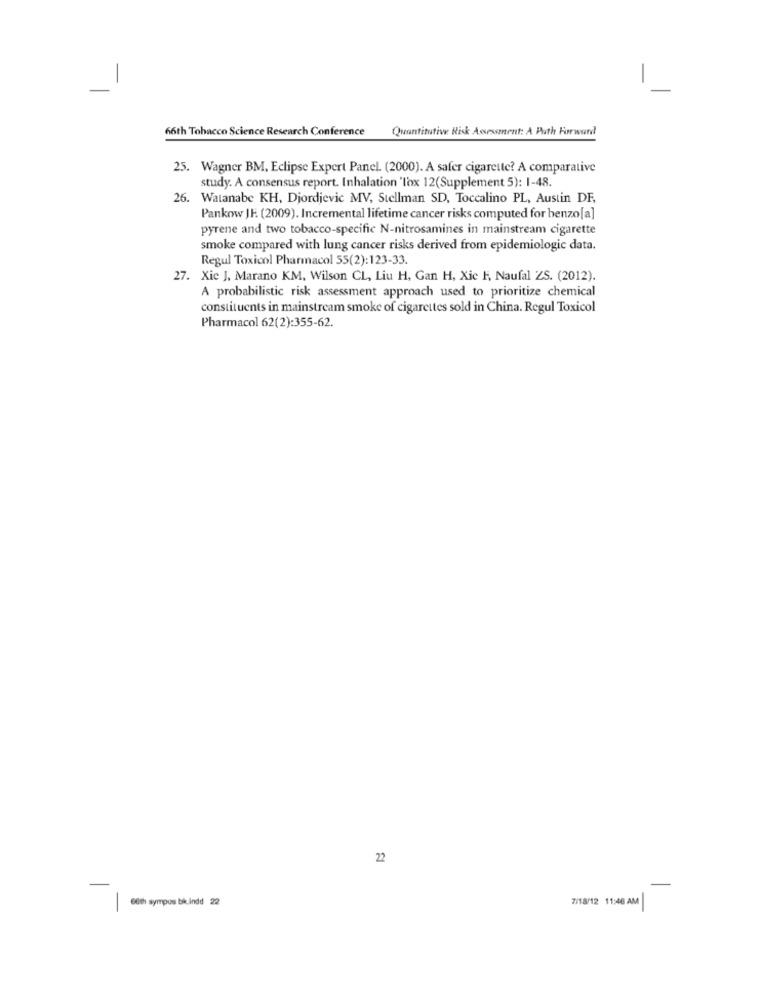
-
66th Tobacco Science Research Conference
Quantitative Risk Assessment: A Path Forward
25. Wagner BM, Eclipse Expert Panel. (2000). A safer cigarette? A comparative
study. A consensus report. Inhalation 'lox 12(Supplement 5): 1-48.
26. Watanabe KH, Djordjevic MV, Stellman SD, Toccalino PL, Austin DF,
Pankow JF. (2009). Incremental lifetime cancer risks computed for benzo[a]
pyrene and two tobacco-specific N-nitrosamines in mainstream cigarette
smoke compared with lung cancer risks derived from epidemiologic data.
Regul Toxicol Pharmacol 55(2):123-33.
27. Xie J, Marano KM, Wilson CL, Liu H, Gan H, Xic F, Naufal ZS. (2012).
A probabilistic risk assessment approach used to prioritize chemical
constituents in mainstream smoke of cigarettes sold in China. Regul Toxicol
Pharmacol 62(2):355-62.
22
7/18/12 11:46 AM
6th sympos bic indd 2